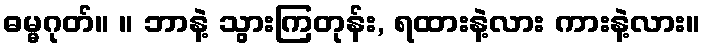
ဓမ္မဂုတ်။ ။ ဘာနဲ့ သွားကြတုန်း, ရထားနဲ့လား ကားနဲ့လား။